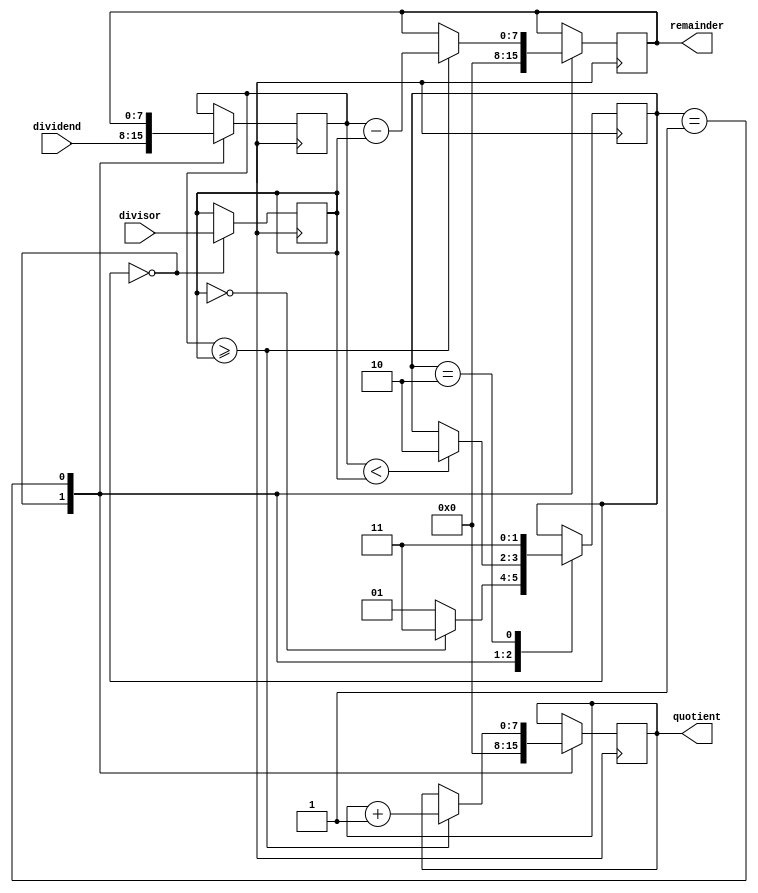
module BinaryDivider (
    input [7:0] dividend,
    input [7:0] divisor,
    output [7:0] quotient,
    output [7:0] remainder
);

reg [7:0] dividend_reg;
reg [7:0] divisor_reg;
reg [7:0] quotient_reg;
reg [7:0] remainder_reg;
reg [1:0] state;

always @ (posedge clk) begin
    case(state)
    2'b00: begin
        dividend_reg <= dividend;
        divisor_reg <= divisor;
        quotient_reg <= 0;
        remainder_reg <= 0;
        if(divisor_reg == 0)
            state <= 2'b11;
        else
            state <= 2'b01;
    end
    2'b01: begin
        if(dividend_reg >= divisor_reg) begin
            quotient_reg <= quotient_reg + 1;
            remainder_reg <= dividend_reg - divisor_reg;
        end
        dividend_reg <= remainder_reg;
        if(dividend_reg < divisor_reg)
            state <= 2'b10;
    end
    2'b10: begin
        // Division completed
        state <= 2'b11;
    end
    2'b11: begin
        // Division by zero error
    end
    endcase
end

assign quotient = quotient_reg;
assign remainder = remainder_reg;

endmodule